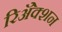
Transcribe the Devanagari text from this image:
रिॲेक्शन